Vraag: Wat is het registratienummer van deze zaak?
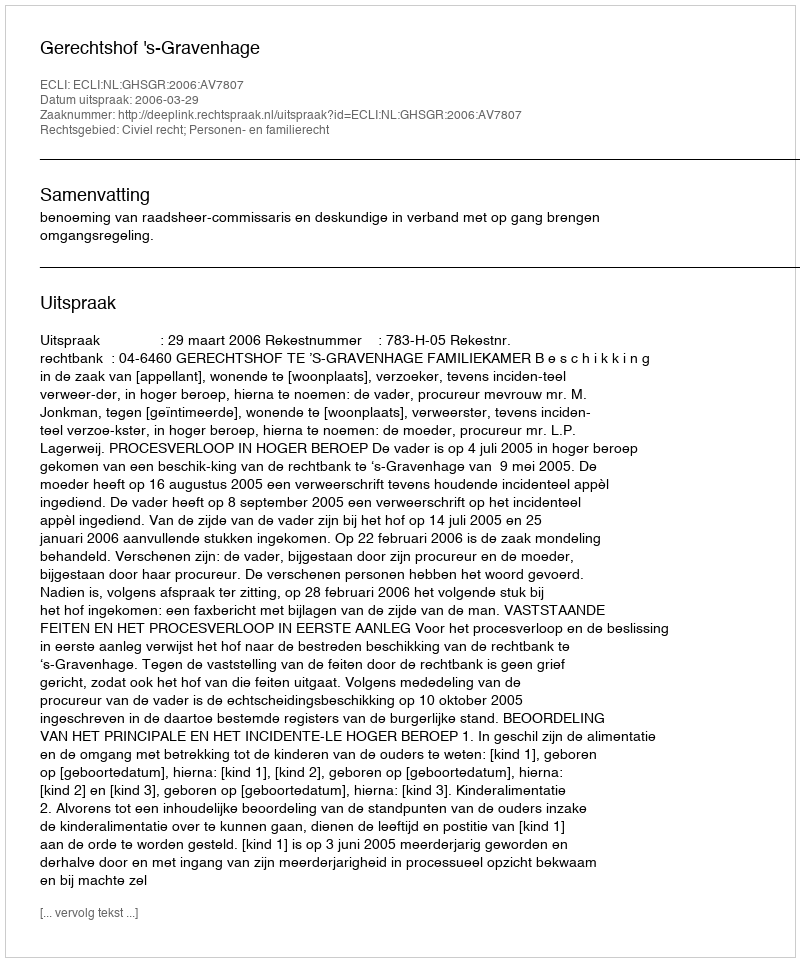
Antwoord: http://deeplink.rechtspraak.nl/uitspraak?id=ECLI:NL:GHSGR:2006:AV7807